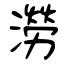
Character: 澇